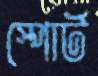
স্পোর্ট